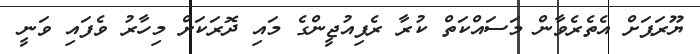
ޔޫރަޕަށް އެތެރެވާން މަސައްކަތް ކުރާ ރެފިއުޖީންގެ މައި ދޮރަކަށް މިހާރު ވެފައި ވަނީ